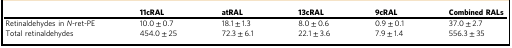
<table><thead><tr><td></td><td><b>11cRAL</b></td><td><b>atRAL</b></td><td><b>13cRAL</b></td><td><b>9cRAL</b></td><td><b>Combined RALs</b></td></tr></thead><tbody><tr><td>Retinaldehydes in <i>N-</i>ret-PE</td><td>10.0 ± 0.7</td><td>18.1 ± 1.3</td><td>8.0 ± 0.6</td><td>0.9 ± 0.1</td><td>37.0 ± 2.7</td></tr><tr><td>Total retinaldehydes</td><td>454.0 ± 25</td><td>72.3 ± 6.1</td><td>22.1 ± 3.6</td><td>7.9 ± 1.4</td><td>556.3 ± 35</td></tr></tbody></table>